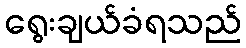
ရွေးချယ်ခံရသည်